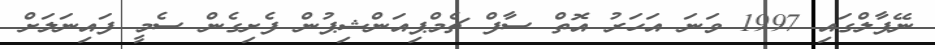
ނޭޕާލްގައި 1997 ވަނަ އަހަރު އޮތް ސާފް ޗެމްޕިއަންޝިޕުން ފެށިގެން ސެމީ ފައިނަލަށް